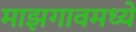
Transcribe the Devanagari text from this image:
माझगावमध्ये